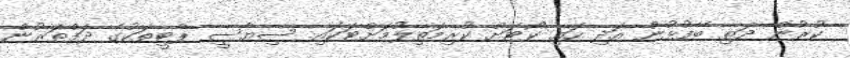
ކުރުން ދަތި ބޭފުޅުން އަދި ހައި ކޯޓަށް ކުރިމަތިލުމަށްޓަކައި ސިޔާސީ ޕާޓީތަކުގެ ދަފްތަރުން